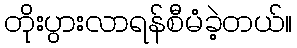
တိုးပွားလာရန်စီမံခဲ့တယ်။